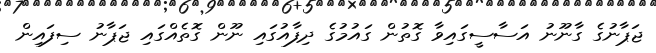
ޖަޕާނުގެ ގާނޫނު އަސާސީގައިވާ ގޮތުން ގައުމުގެ ދިފާއުގައި ނޫން ގޮތެއްގައި ޖަޕާނު ސިފައިން